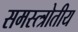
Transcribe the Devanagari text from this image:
समस्त्त्रोतीय